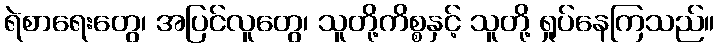
ရဲစာရေးတွေ၊ အပြင်လူတွေ၊ သူတို့ကိစ္စနှင့် သူတို့ ရှုပ်နေကြသည်။